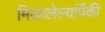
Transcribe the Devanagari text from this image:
मिळालेल्यांपैकी